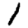
Digit: 1